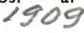
1909